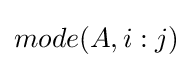
mode(A,i:j)